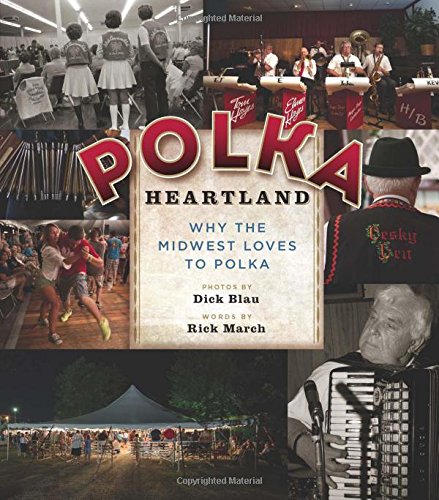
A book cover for Polka Heartland: Why the Midwest Loves to Polka; Rick March; Humor & Entertainment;